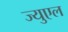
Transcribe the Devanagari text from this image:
ज्युएल